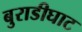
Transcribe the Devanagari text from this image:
बुराडीघाट